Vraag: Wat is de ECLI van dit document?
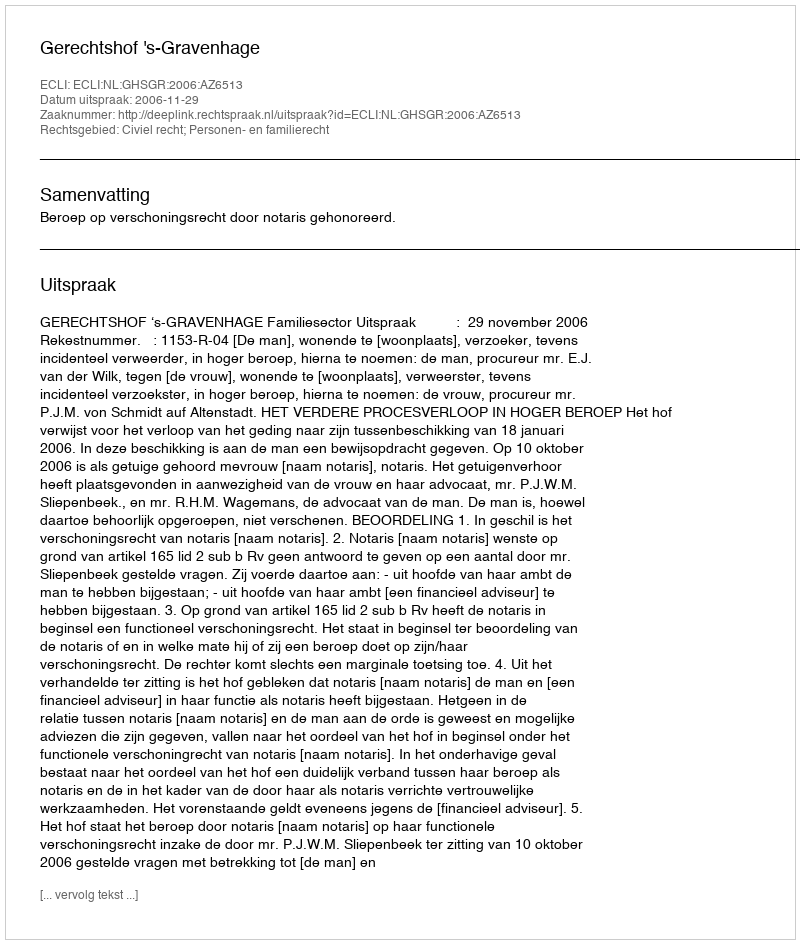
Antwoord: ECLI:NL:GHSGR:2006:AZ6513